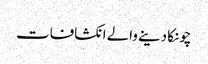
چونکا دینے والے انکشافات